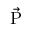
\vec { \mathrm { P } }